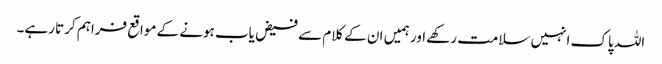
اللہ پاک انہیں سلامت رکھے اور ہمیں ان کے کلام سے فیض یاب ہونے کے مواقع فراہم کرتا رہے۔